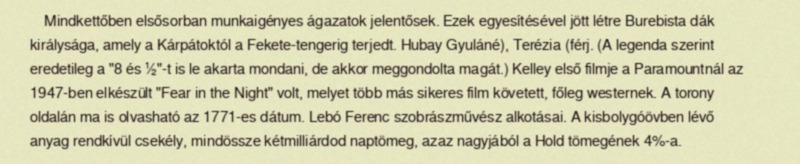
Mindkettőben elsősorban munkaigényes ágazatok jelentősek. Ezek egyesítésével jött létre Burebista dák királysága, amely a Kárpátoktól a Fekete-tengerig terjedt. Hubay Gyuláné), Terézia (férj. (A legenda szerint eredetileg a "8 és ½"-t is le akarta mondani, de akkor meggondolta magát.) Kelley első filmje a Paramountnál az 1947-ben elkészült "Fear in the Night" volt, melyet több más sikeres film követett, főleg westernek. A torony oldalán ma is olvasható az 1771-es dátum. Lebó Ferenc szobrászművész alkotásai. A kisbolygóövben lévő anyag rendkívül csekély, mindössze kétmilliárdod naptömeg, azaz nagyjából a Hold tömegének 4%-a.